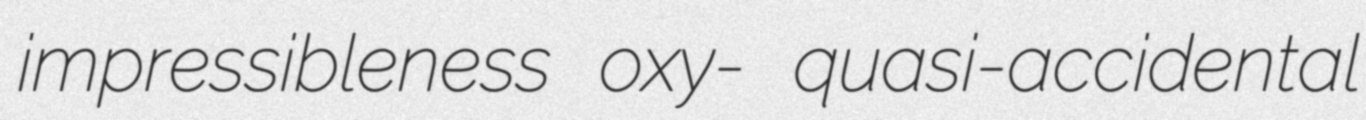
impressibleness oxy- quasi-accidental